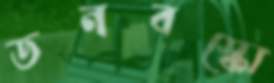
ডনবস্কো